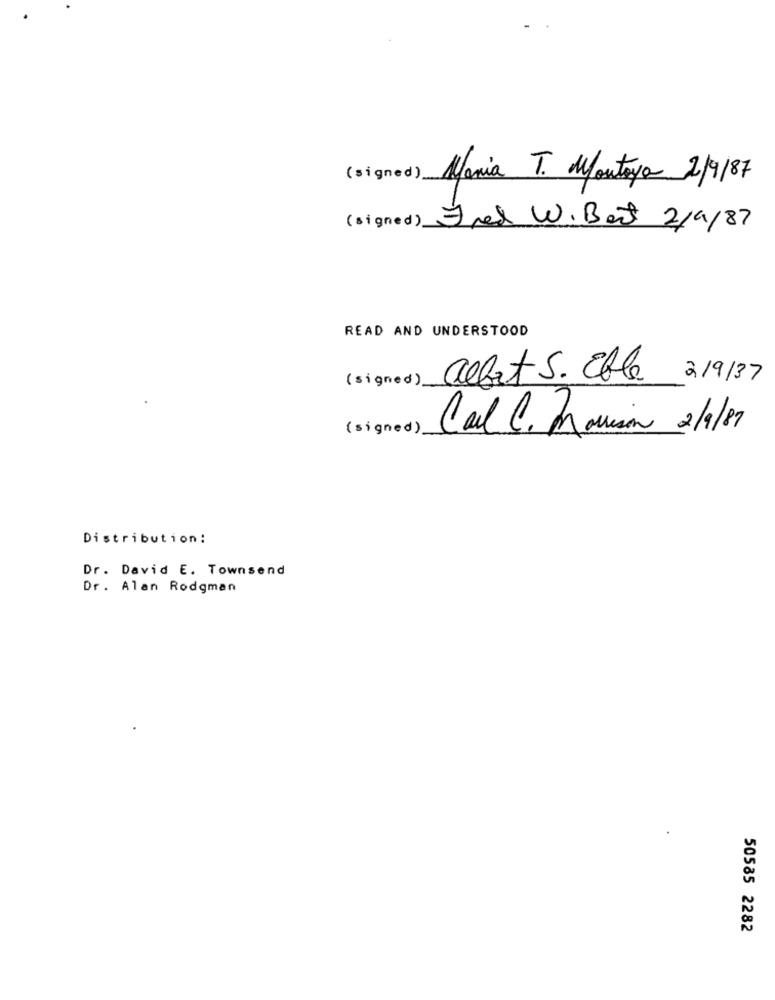
(signed) Mania T. Montoya 2/9/87
(signed) Fred W. Bert 2/9/87
READ AND UNDERSTOOD
(signed).
albat S. Elle
2/9/37
(signed).
Cal C. Navision 2/1/87
Distribution:
Dr. David E. Townsend
Dr. Alan Rodgman
50585 2282